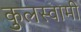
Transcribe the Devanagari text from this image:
कुुलस्वामी